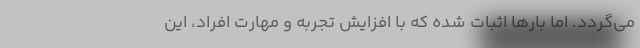
می‌گردد. اما بارها اثبات شده که با افزایش تجربه و مهارت افراد، این